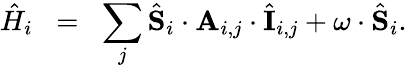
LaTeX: {\hat{H}}_{i}\; \; =\; \; \sum_{j}\hat{\mathbf{S}}_{i}\cdot\mathbf{A}_{i,j}\cdot\hat{\mathbf{I}}_{i,j}+\mathbf{\omega}\cdot\hat{\mathbf{S}}_{i}.